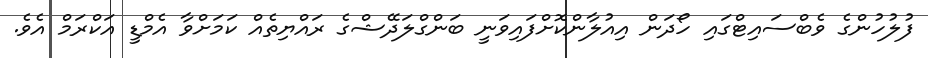
ފުލުހުންގެ ވެބްސައިޓްގައި ހޯދަން އިއުލާންކޮށްފައިވަނީ ބަންގްލަދޭޝްގެ ރައްޔިތެއް ކަމަށްވާ އެމްޑީ އަކްރަމް އެވެ.